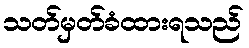
သတ်မှတ်ခံထားရသည်